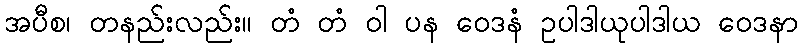
အပီစ၊ တနည်းလည်း။ တံ တံ ဝါ ပန ဝေဒနံ ဥပါဒါယုပါဒါယ ဝေဒနာ